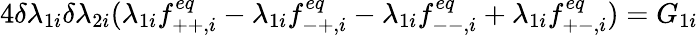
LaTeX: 4\delta\lambda_{1i}\delta\lambda_{2i}(\lambda_{1i}f_{++,i}^{eq}-\lambda_{1i}f_{-+,i}^{eq}-\lambda_{1i}f_{--,i}^{eq}+\lambda_{1i}f_{+-,i}^{eq})=G_{1i}